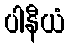
ပါနီယံ